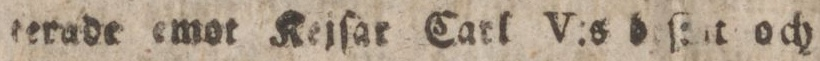
terade emot Kejſar CarlV:s d ſ:it och